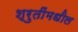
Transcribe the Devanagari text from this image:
श्रुतींमधील